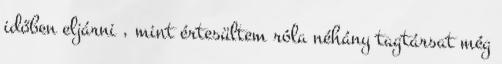
időben eljárni , mint értesültem róla néhány tagtársat még